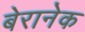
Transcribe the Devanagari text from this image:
बेरानेक